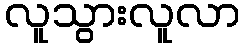
လူသွားလူလာ